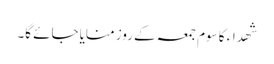
شھداء کا سوم جمعہ کے روز منایا جائے گا۔